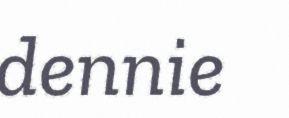
dennie